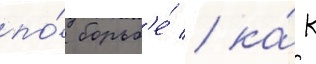
по́ борьб'е́ / ка́к